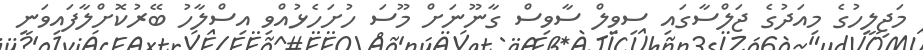
މަޖިލީހުގެ މިއަދުގެ ޖަލްސާގައި ސިވިލް ސާވިސް ގާނޫނަށް މޫސަ ހުށަހެޅުއްވި އިސްލާހު ބޭރުކޮށްލާފައިވަނީ